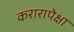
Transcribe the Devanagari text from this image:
करारापेक्षा